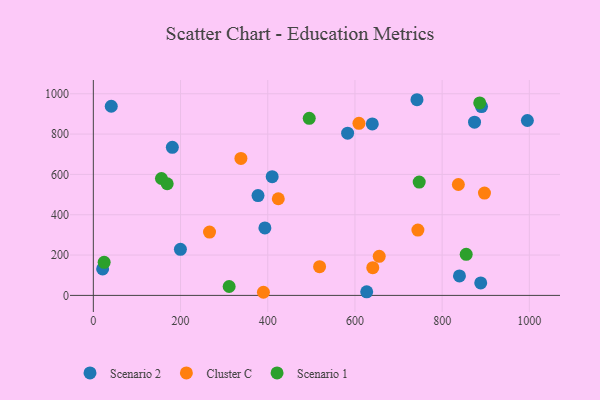
{"axis": {"x": "Price", "y": "Salary"}, "legend": ["Cluster C", "Scenario 1", "Scenario 2"], "data": [{"x": "41.1", "y": 938.1, "type": "Scenario 2"}, {"x": "742.3", "y": 970.4, "type": "Scenario 2"}, {"x": "393.5", "y": 334.7, "type": "Scenario 2"}, {"x": "890.3", "y": 936.3, "type": "Scenario 2"}, {"x": "639.8", "y": 850.6, "type": "Scenario 2"}, {"x": "874.3", "y": 859.3, "type": "Scenario 2"}, {"x": "888.5", "y": 62.1, "type": "Scenario 2"}, {"x": "377.7", "y": 494.9, "type": "Scenario 2"}, {"x": "199.7", "y": 228.4, "type": "Scenario 2"}, {"x": "21.3", "y": 131.4, "type": "Scenario 2"}, {"x": "181.2", "y": 734.2, "type": "Scenario 2"}, {"x": "627.0", "y": 17.9, "type": "Scenario 2"}, {"x": "995.5", "y": 867.4, "type": "Scenario 2"}, {"x": "583.2", "y": 804.3, "type": "Scenario 2"}, {"x": "839.7", "y": 96.5, "type": "Scenario 2"}, {"x": "410.2", "y": 588.6, "type": "Scenario 2"}, {"x": "897.1", "y": 507.3, "type": "Cluster C"}, {"x": "338.5", "y": 679.2, "type": "Cluster C"}, {"x": "744.4", "y": 323.9, "type": "Cluster C"}, {"x": "390.1", "y": 15.5, "type": "Cluster C"}, {"x": "518.9", "y": 142.5, "type": "Cluster C"}, {"x": "655.7", "y": 193.8, "type": "Cluster C"}, {"x": "640.9", "y": 137.4, "type": "Cluster C"}, {"x": "837.2", "y": 550.1, "type": "Cluster C"}, {"x": "609.2", "y": 853.5, "type": "Cluster C"}, {"x": "424.2", "y": 479.2, "type": "Cluster C"}, {"x": "266.5", "y": 314.1, "type": "Cluster C"}, {"x": "855.2", "y": 203.6, "type": "Scenario 1"}, {"x": "886.2", "y": 954.7, "type": "Scenario 1"}, {"x": "311.5", "y": 44.1, "type": "Scenario 1"}, {"x": "495.2", "y": 878.2, "type": "Scenario 1"}, {"x": "156.2", "y": 579.8, "type": "Scenario 1"}, {"x": "169.4", "y": 553.7, "type": "Scenario 1"}, {"x": "24.8", "y": 163.8, "type": "Scenario 1"}, {"x": "747.4", "y": 562.0, "type": "Scenario 1"}]}